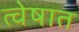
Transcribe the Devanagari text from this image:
त्वेषात